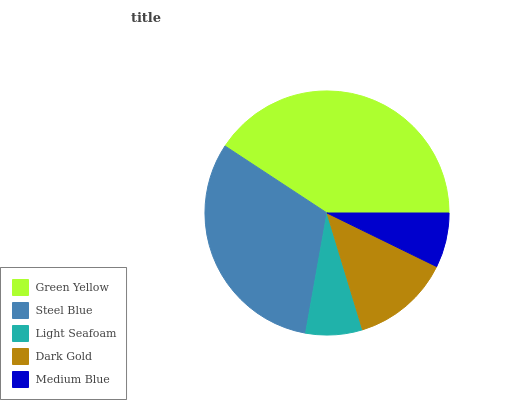
| Green Yellow | Steel Blue | Light Seafoam | Dark Gold | Medium Blue |
 | --- | --- | --- | --- | --- |
 | 40.7% | 31.5% | 7.49% | 13.1% | 7.24% |